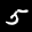
Label: 5